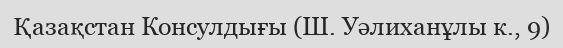
Қазақстан Консулдығы (Ш. Уәлиханұлы к., 9)